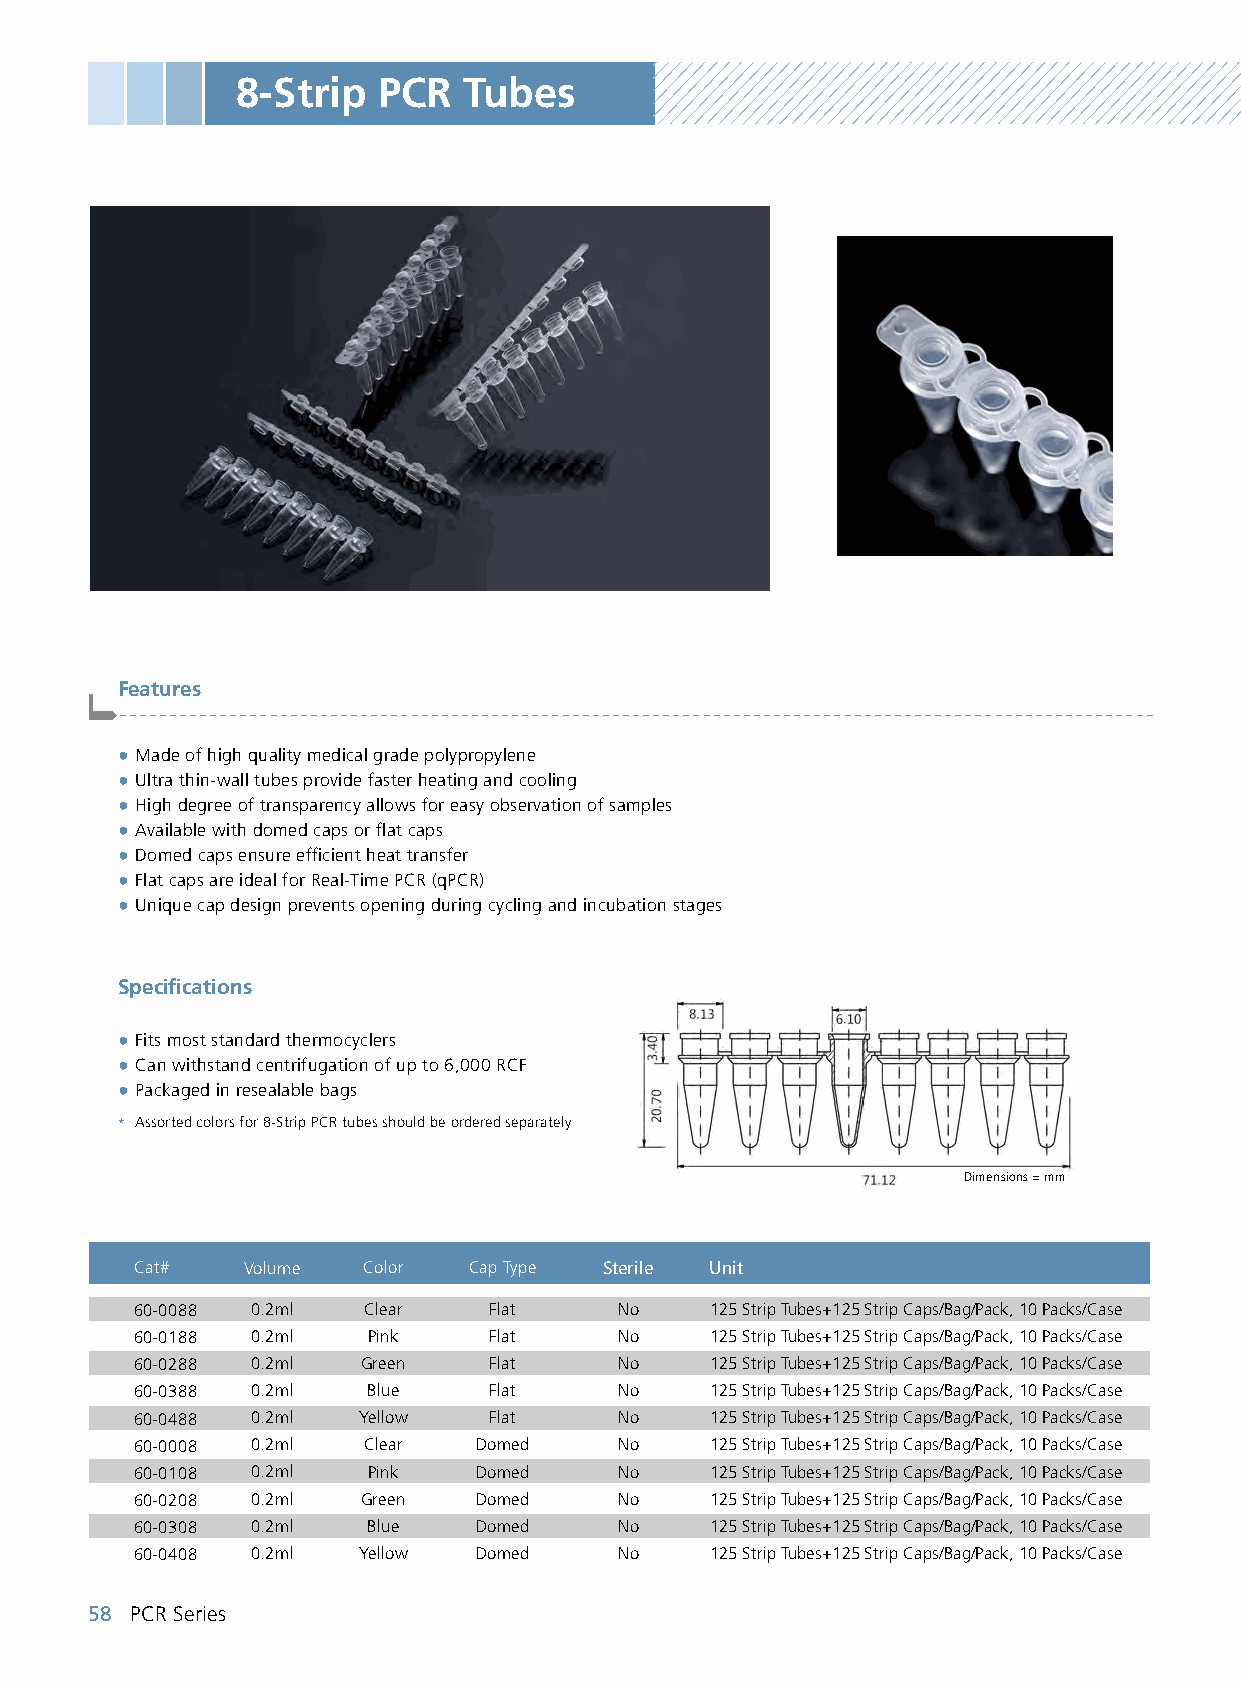
8-Strip  PCR   Tubes
 Features
 -------------------------------------------------------------------------------------------------------
 ● Made of high quality medical grade polypropylene
 ● Ultra thin-wall tubes provide faster heating and cooling
 ● High degree of transparency allows for easy observation of samples
 ● Available with domed caps or flat caps
 ● Domed caps ensure efficient heat transfer
 ● Flat caps are ideal for Real-Time PCR (qPCR)
 ● Unique cap design prevents opening during cycling and incubation stages
 Specifications
 ● Fits most standard thermocyclers
 ● Can withstand centrifugation of up to 6,000 RCF
 ● Packaged in resealable bags
 * Assorted colors for 8-Strip PCR tubes should be ordered separately
 Dimensions = mm
 Cat#   Volume  Color  Cap Type Sterile Unit
 60-0088 0.2ml  Clear   Flat     No    125 Strip Tubes+125 Strip Caps/Bag/Pack, 10 Packs/Case
 60-0188 0.2ml  Pink    Flat     No    125 Strip Tubes+125 Strip Caps/Bag/Pack, 10 Packs/Case
 60-0288 0.2ml  Green   Flat     No    125 Strip Tubes+125 Strip Caps/Bag/Pack, 10 Packs/Case
 60-0388 0.2ml  Blue    Flat     No    125 Strip Tubes+125 Strip Caps/Bag/Pack, 10 Packs/Case
 60-0488 0.2ml  Yellow  Flat     No    125 Strip Tubes+125 Strip Caps/Bag/Pack, 10 Packs/Case
 60-0008 0.2ml  Clear  Domed     No    125 Strip Tubes+125 Strip Caps/Bag/Pack, 10 Packs/Case
 60-0108 0.2ml  Pink   Domed     No    125 Strip Tubes+125 Strip Caps/Bag/Pack, 10 Packs/Case
 60-0208 0.2ml  Green  Domed     No    125 Strip Tubes+125 Strip Caps/Bag/Pack, 10 Packs/Case
 60-0308 0.2ml  Blue   Domed     No    125 Strip Tubes+125 Strip Caps/Bag/Pack, 10 Packs/Case
 60-0408 0.2ml  Yellow Domed     No    125 Strip Tubes+125 Strip Caps/Bag/Pack, 10 Packs/Case
 58 PCR Series